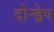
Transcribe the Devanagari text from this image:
दोन्ड्रेप